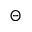
\Theta